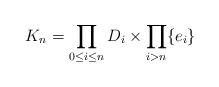
LaTeX: \begin{align*}K_n=\prod_{0\leq i\leq n}D_i\times \prod_{i>n}\{e_i\}\;\end{align*}